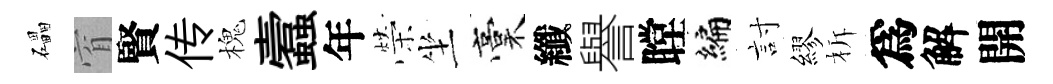
礧窅賢传槐蠧年榮坐稾纖譽瞠编討繆柝爲解開